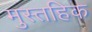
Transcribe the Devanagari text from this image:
मुस्तहिक